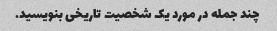
چند جمله در مورد یک شخصیت تاریخی بنویسید.